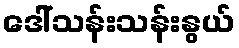
ဒေါ်သန်းသန်းနွယ်